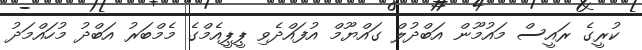
ކުރީގެ ރައީސް މައުމޫން އަބްދުލް ގައްޔޫމް އުފައްދެވި ޕީޕީއެމްގެ މެމްބަރު އަބްދު މުހައްމަދު